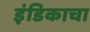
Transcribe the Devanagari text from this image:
इंडिकाचा